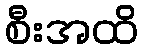
စီးအထိ